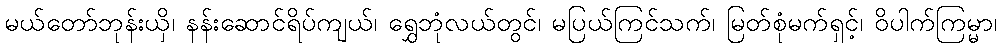
မယ်တော်ဘုန်းယှိ၊ နန်းဆောင်ရိပ်ကျယ်၊ ရွှေဘုံလယ်တွင်၊ မပြယ်ကြင်သက်၊ မြတ်စုံမက်ရှင့်၊ ဝိပါက်ကြမ္မာ၊